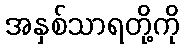
အနှစ်သာရတို့ကို